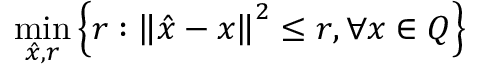
\operatorname* { m i n } _ { { \hat { x } } , r } \left\{ r : \left\| { \hat { x } } - x \right\| ^ { 2 } \leq r , \forall x \in Q \right\}